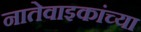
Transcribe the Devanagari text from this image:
नातेवाइकांच्या